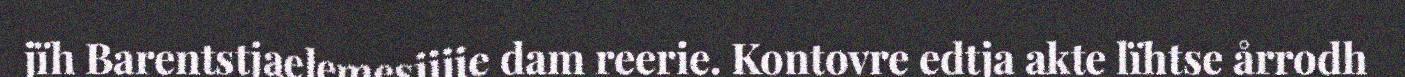
jïh Barentstjaelemesijjie dam reerie. Kontovre edtja akte lïhtse årrodh